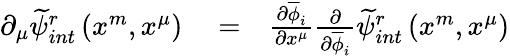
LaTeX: \begin{array}{rlr}{\partial_{\mu}\widetilde{\psi}_{int}^{r}\left(x^{m},x^{\mu}\right)}&{{}=}&{\frac{\partial\overline{{\phi}}_{i}}{\partial x^{\mu}}\frac{\partial}{\partial\overline{{\phi}}_{i}}\widetilde{\psi}_{int}^{r}\left(x^{m},x^{\mu}\right)}\end{array}